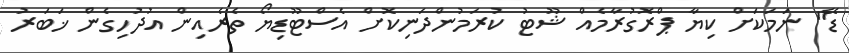
ޑޭ" ނަމަކަށް ކިޔާ ޕްރޮގުރާމެއް ޝޫޓު ކުރަމުންދަނިކޮށް އެސްޓޫޑިޔޯ ތެރެއިން އުދުހިގެން ޚަބަރު